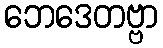
ဘေဒေတဗ္ဗာ